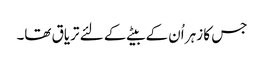
جس کا زہر اُن کے بیٹے کے لئے تریاق تھا۔